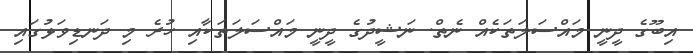
އިބޫގެ ދީނީ މައްސަލަތަކެއް ނެތް. ނަޝީދުގެ ދީނީ މައްސަލަތަކާއި ހުރެ މި ދަނޑިވަޅުގައި